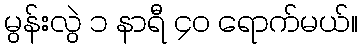
မွန်းလွဲ ၁ နာရီ ၄၀ ရောက်မယ်။